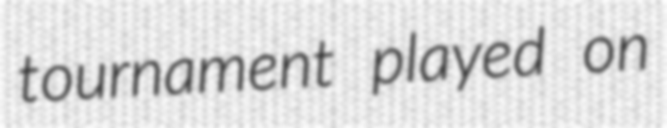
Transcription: tournament played on